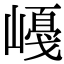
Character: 𡼛